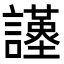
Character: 𧭩